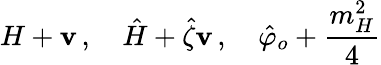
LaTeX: H+\mathbf{v}\, ,\quad\hat{{H}}+\hat{{\zeta}}\mathbf{v}\, ,\quad\hat{{\varphi}}_{o}+{\frac{{m_{H}^{2}}}{{4}}}